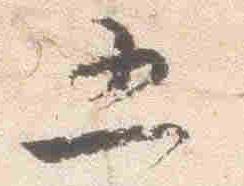
五